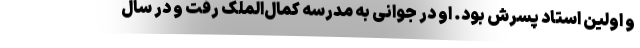
و اولین استاد پسرش بود. او در جوانی به مدرسه کمال‌الملک رفت و در سال